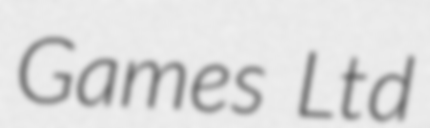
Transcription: Games Ltd